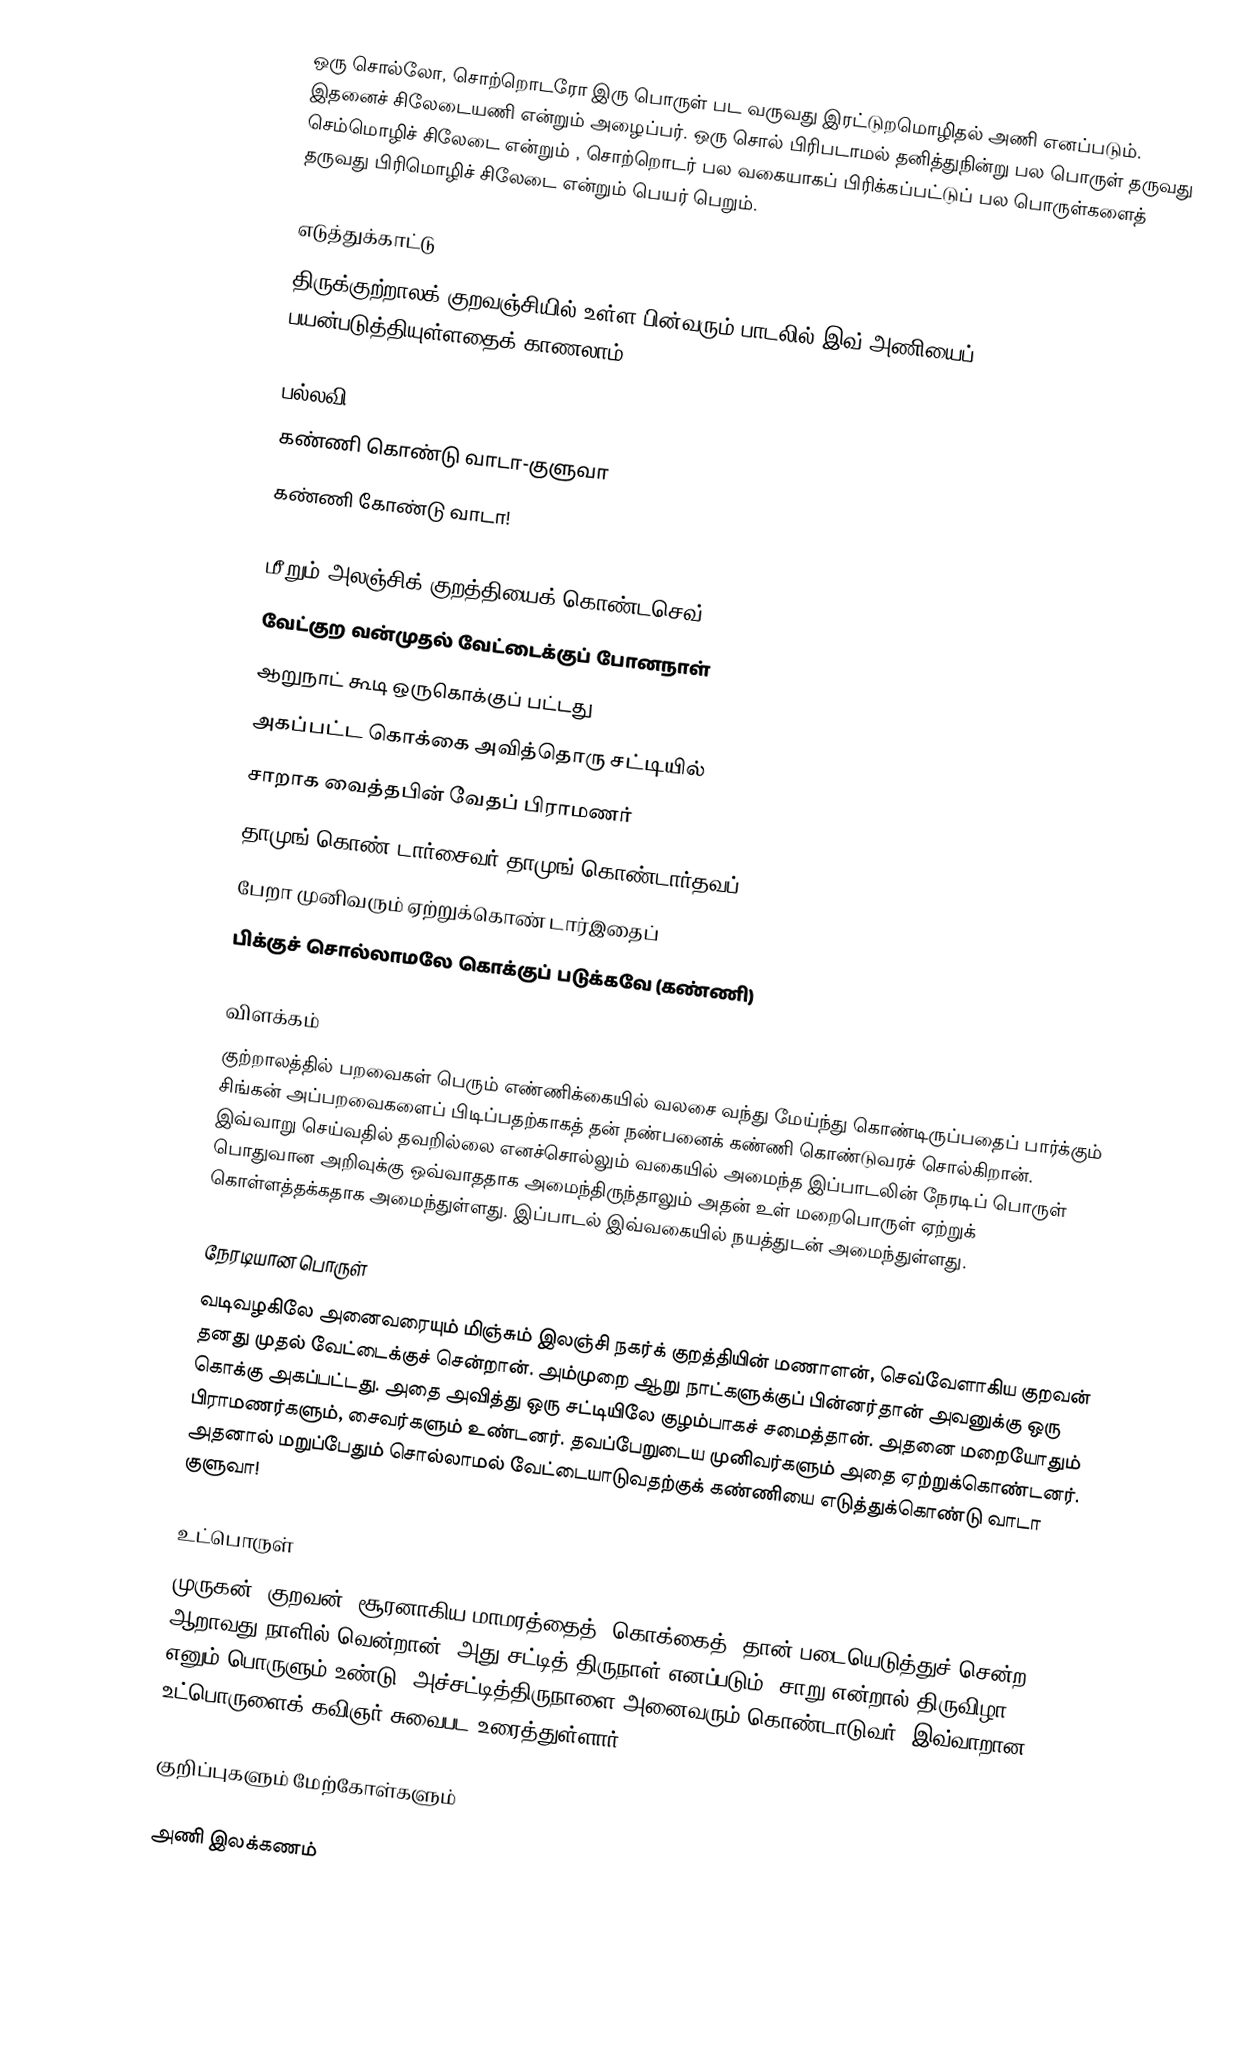
ஒரு சொல்லோ, சொற்றொடரோ இரு பொருள் பட வருவது இரட்டுறமொழிதல் அணி எனப்படும். இதனைச் சிலேடையணி என்றும் அழைப்பர். ஒரு சொல் பிரிபடாமல் தனித்துநின்று பல பொருள் தருவது செம்மொழிச் சிலேடை என்றும் , சொற்றொடர் பல வகையாகப் பிரிக்கப்பட்டுப் பல பொருள்களைத் தருவது பிரிமொழிச் சிலேடை என்றும் பெயர் பெறும்.

எடுத்துக்காட்டு
திருக்குற்றாலக் குறவஞ்சியில் உள்ள பின்வரும் பாடலில் இவ் அணியைப் பயன்படுத்தியுள்ளதைக் காணலாம்.

பல்லவி
கண்ணி கொண்டு வாடா-குளுவா
கண்ணி கோண்டு வாடா!

மீறும் அலஞ்சிக் குறத்தியைக் கொண்டசெவ்
வேட்குற வன்முதல் வேட்டைக்குப் போனநாள்
ஆறுநாட் கூடி ஒருகொக்குப் பட்டது
அகப்பட்ட கொக்கை அவித்தொரு சட்டியில்
சாறாக வைத்தபின் வேதப் பிராமணர்
தாமுங் கொண் டார்சைவர் தாமுங் கொண்டார்தவப்
பேறா முனிவரும் ஏற்றுக்கொண் டார்இதைப்
பிக்குச் சொல்லாமலே கொக்குப் படுக்கவே (கண்ணி)

விளக்கம்
குற்றாலத்தில் பறவைகள் பெரும் எண்ணிக்கையில் வலசை வந்து மேய்ந்து கொண்டிருப்பதைப் பார்க்கும் சிங்கன் அப்பறவைகளைப் பிடிப்பதற்காகத் தன் நண்பனைக் கண்ணி கொண்டுவரச் சொல்கிறான். இவ்வாறு செய்வதில் தவறில்லை எனச்சொல்லும் வகையில் அமைந்த இப்பாடலின் நேரடிப் பொருள் பொதுவான அறிவுக்கு ஒவ்வாததாக அமைந்திருந்தாலும் அதன் உள் மறைபொருள் ஏற்றுக் கொள்ளத்தக்கதாக அமைந்துள்ளது. இப்பாடல் இவ்வகையில் நயத்துடன் அமைந்துள்ளது.

நேரடியான பொருள்
வடிவழகிலே அனைவரையும் மிஞ்சும் இலஞ்சி நகர்க் குறத்தியின் மணாளன், செவ்வேளாகிய குறவன் தனது முதல் வேட்டைக்குச் சென்றான். அம்முறை ஆறு நாட்களுக்குப் பின்னர்தான் அவனுக்கு ஒரு கொக்கு அகப்பட்டது. அதை அவித்து ஒரு சட்டியிலே குழம்பாகச் சமைத்தான். அதனை மறையோதும் பிராமணர்களும், சைவர்களும் உண்டனர். தவப்பேறுடைய முனிவர்களும் அதை ஏற்றுக்கொண்டனர். அதனால் மறுப்பேதும் சொல்லாமல் வேட்டையாடுவதற்குக் கண்ணியை எடுத்துக்கொண்டு வாடா குளுவா!

உட்பொருள்
முருகன் (குறவன்) சூரனாகிய மாமரத்தைத் (கொக்கைத்) தான் படையெடுத்துச் சென்ற ஆறாவது நாளில் வென்றான். அது சட்டித் திருநாள் எனப்படும். சாறு என்றால் திருவிழா எனும் பொருளும் உண்டு. அச்சட்டித்திருநாளை அனைவரும் கொண்டாடுவர். இவ்வாறான உட்பொருளைக் கவிஞர் சுவைபட உரைத்துள்ளார்.

குறிப்புகளும் மேற்கோள்களும்

அணி இலக்கணம்